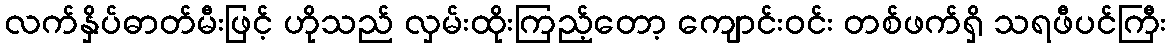
လက်နှိပ်ဓာတ်မီးဖြင့် ဟိုသည် လှမ်းထိုးကြည့်တော့ ကျောင်းဝင်း တစ်ဖက်ရှိ သရဖီပင်ကြီး